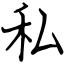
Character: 私